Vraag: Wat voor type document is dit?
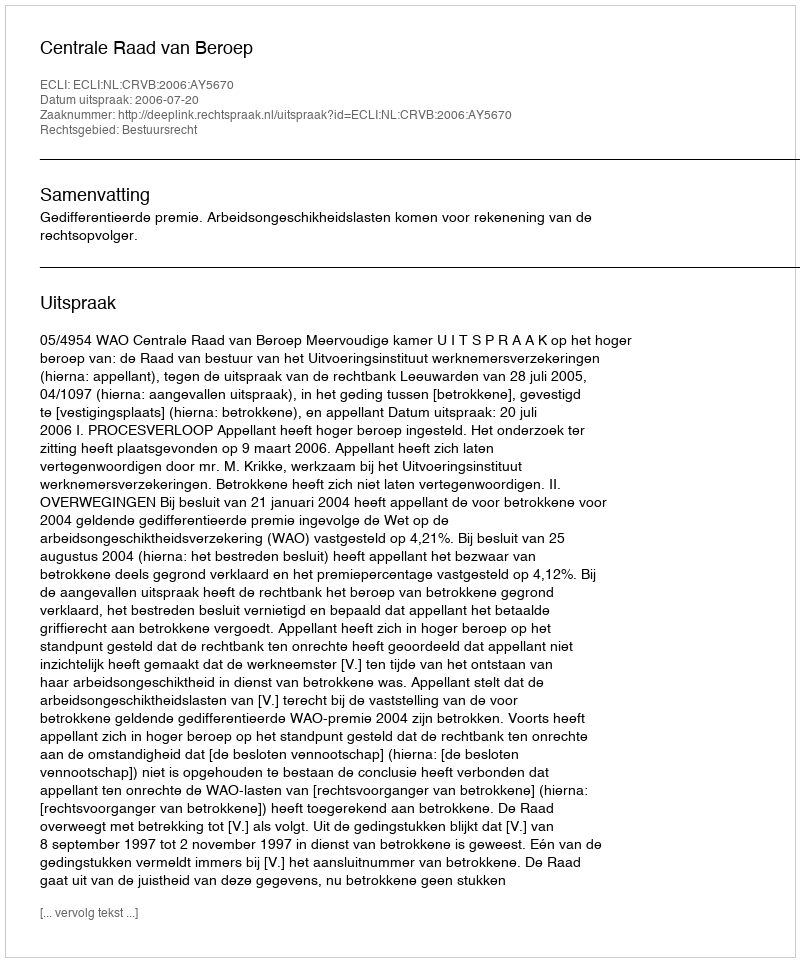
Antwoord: Uitspraak